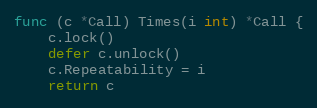
Language: Go
func (c *Call) Times(i int) *Call {
	c.lock()
	defer c.unlock()
	c.Repeatability = i
	return c